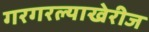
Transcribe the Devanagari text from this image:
गरगरल्याखेरीज